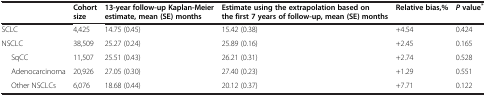
<table><thead><tr><td><b> </b></td><td><b>Cohort size</b></td><td><b>13-year follow-up Kaplan-Meier estimate, mean (SE) months</b></td><td><b>Estimate using the extrapolation based on the first 7 years of follow-up, mean (SE) months</b></td><td><b>Relative bias,%</b></td><td><b><i>P </i>value<sup>*</sup></b></td></tr></thead><tbody><tr><td>SCLC</td><td>4,425</td><td>14.75 (0.45)</td><td>15.42 (0.38)</td><td>+4.54</td><td>0.424</td></tr><tr><td>NSCLC</td><td>38,509</td><td>25.27 (0.24)</td><td>25.89 (0.16)</td><td>+2.45</td><td>0.165</td></tr><tr><td>SqCC</td><td>11,507</td><td>25.51 (0.43)</td><td>26.21 (0.31)</td><td>+2.74</td><td>0.528</td></tr><tr><td>Adenocarcinoma</td><td>20,926</td><td>27.05 (0.30)</td><td>27.40 (0.23)</td><td>+1.29</td><td>0.551</td></tr><tr><td>Other NSCLCs</td><td>6,076</td><td>18.68 (0.44)</td><td>20.12 (0.37)</td><td>+7.71</td><td>0.122</td></tr></tbody></table>